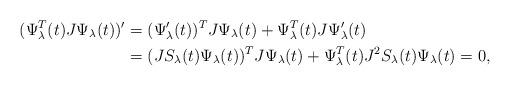
LaTeX: \begin{align*}(\Psi^T_\lambda(t)J\Psi_\lambda(t))'&=(\Psi'_\lambda(t))^TJ\Psi_\lambda(t)+\Psi^T_\lambda(t)J\Psi'_\lambda(t)\\&=(JS_\lambda(t)\Psi_\lambda(t))^TJ\Psi_\lambda(t)+\Psi^T_\lambda(t)J^2S_\lambda(t)\Psi_\lambda(t)=0,\end{align*}